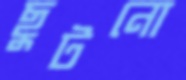
ছুটনো